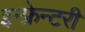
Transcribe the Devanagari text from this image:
इन्फ्रेन्टरी